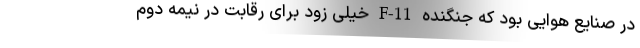
در صنایع هوایی بود که جنگنده F-11 خیلی زود برای رقابت در نیمه دوم